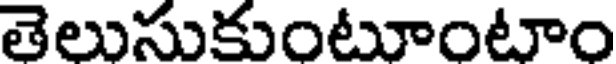
తెలుసుకుంటూంటాం